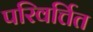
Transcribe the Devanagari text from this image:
परिवर्त्तित